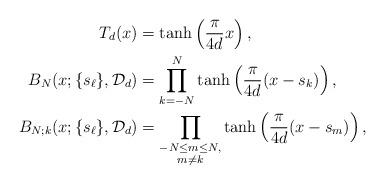
LaTeX: \begin{align*}T_{d}(x) &= \tanh \left( \frac{\pi}{4d} x \right), \\B_{N}(x; \{s_{\ell}\}, \mathcal{D}_{d}) & = \prod_{k=-N}^{N} \tanh \left( \frac{\pi}{4d} (x - s_{k}) \right), \\B_{N;k}(x; \{s_{\ell}\}, \mathcal{D}_{d}) & = \prod_{\begin{subarray}{c} -N\leq m \leq N,\\ m \neq k \end{subarray} } \tanh \left( \frac{\pi}{4d} (x - s_{m}) \right), \end{align*}